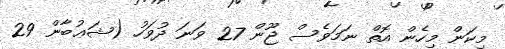
މިކަން މިހެން އޮތް ނަމަވެސް ޖޫން 27 ވަނަ ދުވަހު (ޝަޢުބާން 29